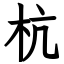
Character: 杭